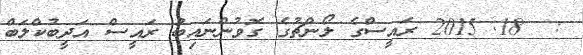
:  18